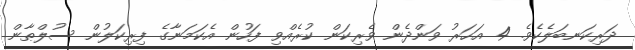
ދަރިކަނބަލެކެވެ. 4 އަހަރު ވަންދެން ވެރިކަން ކުރެއްވި ފަހުން އެކަމަނާގެ ފިރިކަލުން ސުލްޠާން